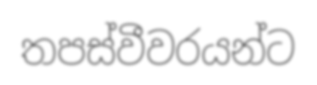
තපස්වීවරයන්ට